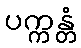
ပက္ကန္တံ